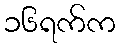
၁၆ရက်က